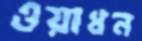
ওয়াধন